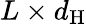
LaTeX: L\times d_{\mathrm{H}}